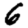
Digit: 6